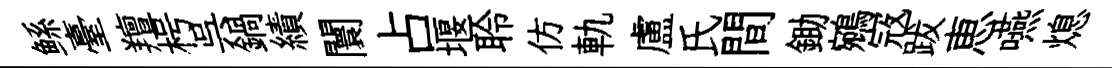
鲧臺羶枵呉鍋績闤占堰聆仿軌盧氏間鋤鵷𡨥跋恵嚥熄